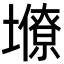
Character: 𡒭